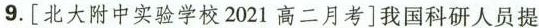
9.[北大附中实验学校2021高二月考]我国科研人员提